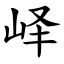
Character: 峄